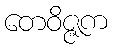
တေဝိဇ္ဇက